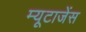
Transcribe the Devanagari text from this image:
म्यूटाजेंस